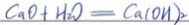
C a O + H _ { 2 } O = C a ( O H ) _ { 2 }